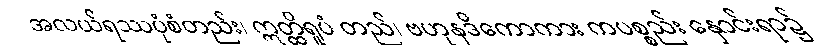
အလယ်ရဿပုံစံတည်း၊ ဣတ္ထိရူပံ တည်၊ ဗဟုနဒိကောကား ကပစ္စည်း နှောင်းရာ၌